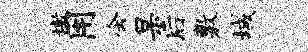
墩用会杲后敷城